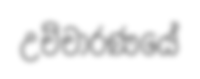
උච්චාරණයේ